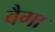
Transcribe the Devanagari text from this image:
वैगा